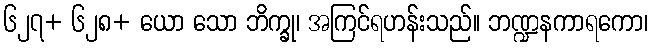
၆၂၇+ ၆၂၈+ ယော သော ဘိက္ခု၊ အကြင်ရဟန်းသည်။ ဘဏ္ဍနကာရကော၊